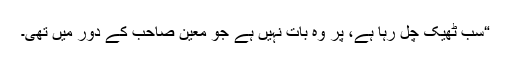
“سب ٹھیک چل رہا ہے، پر وہ بات نہیں ہے جو معین صاحب کے دور میں تھی۔